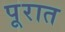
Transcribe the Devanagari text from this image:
पूरात